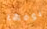
نومها